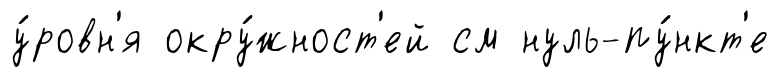
у́ровн'я окру́жност'ей см нуль-пу́нкт'е